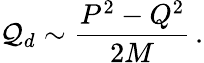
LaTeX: {\cal Q}_{d}\sim\frac{P^{2}-Q^{2}}{2M}\, .